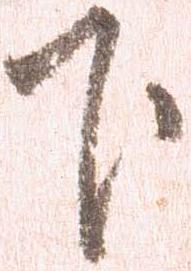
下